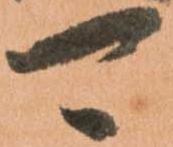
可